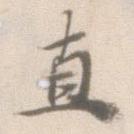
直